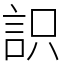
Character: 䛊